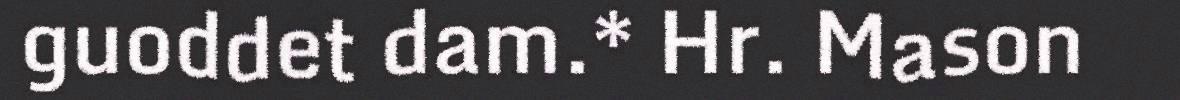
guoddet dam.* Hr. Mason